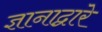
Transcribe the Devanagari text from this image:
ज्ञानाद्वारे